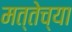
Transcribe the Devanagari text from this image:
मत्तेच्या